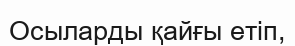
Осыларды қайғы етіп,